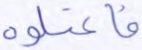
فاعتلوه